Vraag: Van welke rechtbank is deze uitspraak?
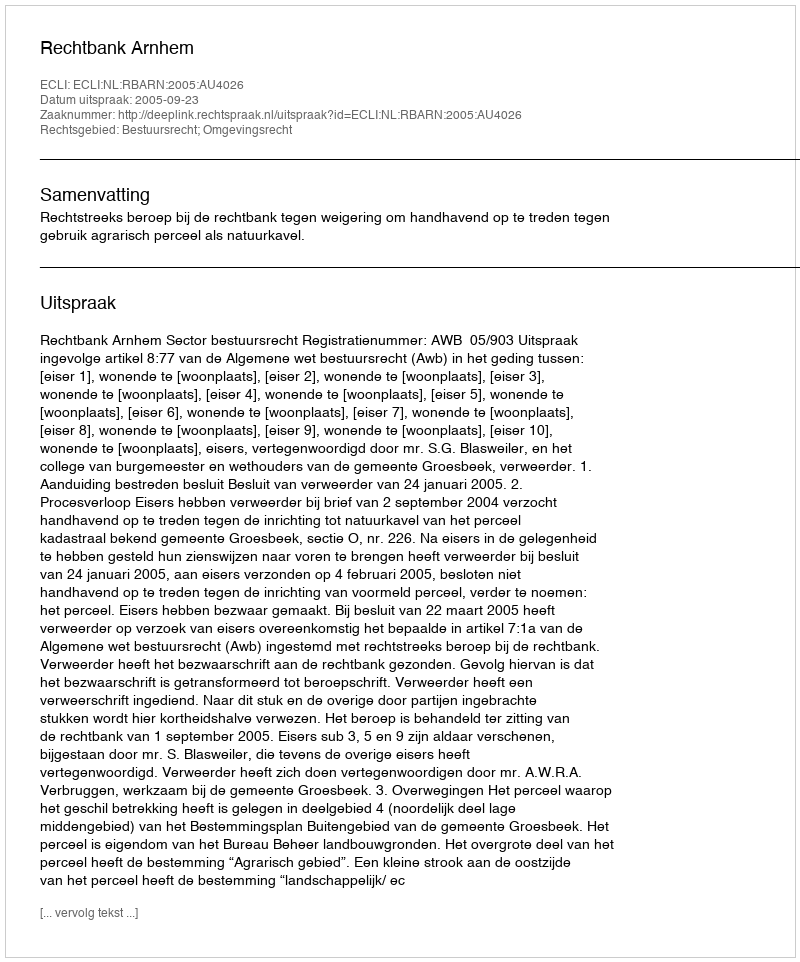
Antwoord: Rechtbank Arnhem